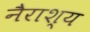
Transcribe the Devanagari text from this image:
नैराश्‍य